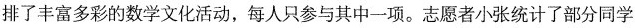
排了丰富多彩的数学文化活动，每人只参与其中一项。志愿者小张统计了部分同学